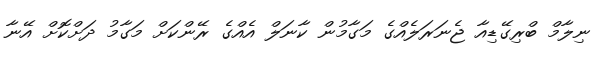
ނިލާމް ބްރިގޭޑިއާ ޖެނަރަލެއްގެ މަގާމުން ކާނަލް އެއްގެ ރޭންކަށް މަގާމު ދަށްކޮށް އޭނާ